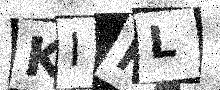
Text: KIRL